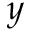
y